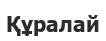
Құралай